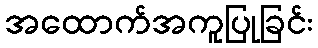
အထောက်အကူပြုခြင်း